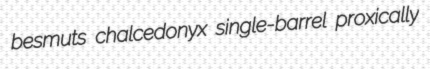
besmuts chalcedonyx single-barrel proxically